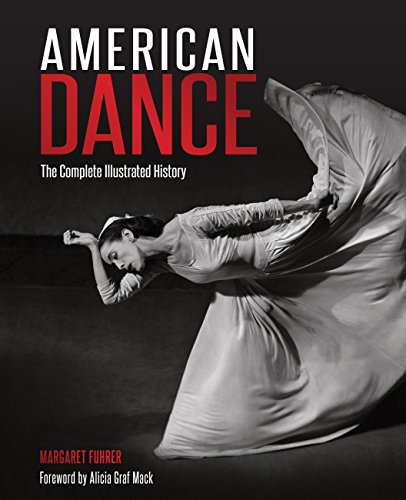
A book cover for American Dance: The Complete Illustrated History; Margaret Fuhrer; Humor & Entertainment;